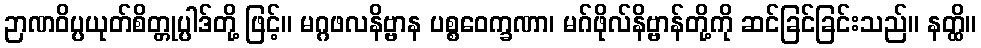
ဉာဏဝိပ္ပယုတ်စိတ္တုပ္ပါဒ်တို့ ဖြင့်။ မဂ္ဂဖလနိဗ္ဗာန ပစ္စဝေက္ခဏာ၊ မဂ်ဖိုလ်နိဗ္ဗာန်တို့ကို ဆင်ခြင်ခြင်းသည်။ နတ္ထိ။